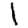
Digit: 1